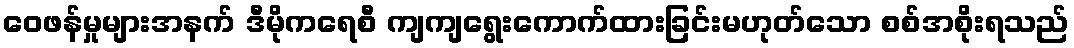
ဝေဖန်မှုများအနက် ဒီမိုကရေစီ ကျကျရွေးကောက်ထားခြင်းမဟုတ်သော စစ်အစိုးရသည်